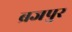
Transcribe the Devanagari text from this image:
ब्रजपुर